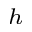
^ h